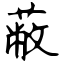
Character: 蔽